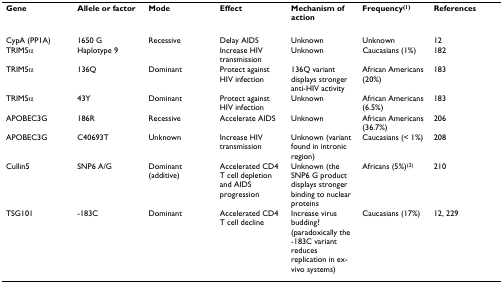
<table><thead><tr><td><b>Gene</b></td><td><b>Allele or factor</b></td><td><b>Mode</b></td><td><b>Effect</b></td><td><b>Mechanism of action</b></td><td><b>Frequency<sup>(1)</sup></b></td><td><b>References</b></td></tr></thead><tbody><tr><td>CypA (PP1A)</td><td>1650 G</td><td>Recessive</td><td>Delay AIDS</td><td>Unknown</td><td>Unknown</td><td>12</td></tr><tr><td>TRIM5α</td><td>Haplotype 9</td><td>[EMPTY_CELL]</td><td>Increase HIV transmission</td><td>Unknown</td><td>Caucasians (1%)</td><td>182</td></tr><tr><td>TRIM5α</td><td>136Q</td><td>Dominant</td><td>Protect against HIV infection</td><td>136Q variant displays stronger anti-HIV activity</td><td>African Americans (20%)</td><td>183</td></tr><tr><td>TRIM5α</td><td>43Y</td><td>Dominant</td><td>Protect against HIV infection</td><td>Unknown</td><td>African Americans (6.5%)</td><td>183</td></tr><tr><td>APOBEC3G</td><td>186R</td><td>Recessive</td><td>Accelerate AIDS</td><td>Unknown</td><td>African Americans (36.7%)</td><td>206</td></tr><tr><td>APOBEC3G</td><td>C40693T</td><td>Unknown</td><td>Increase HIV transmission</td><td>Unknown (variant found in intronic region)</td><td>Caucasians (&lt; 1%)</td><td>208</td></tr><tr><td>Cullin5</td><td>SNP6 A/G</td><td>Dominant (additive)</td><td>Accelerated CD4 T cell depletion and AIDS progression</td><td>Unknown (the SNP6 G product displays stronger binding to nuclear proteins</td><td>Africans (5%)<sup>(2)</sup></td><td>210</td></tr><tr><td>TSG101</td><td>-183C</td><td>Dominant</td><td>Accelerated CD4 T cell decline</td><td>Increase virus budding? (paradoxically the -183C variant reduces replication in ex-vivo systems)</td><td>Caucasians (17%)</td><td>12, 229</td></tr></tbody></table>